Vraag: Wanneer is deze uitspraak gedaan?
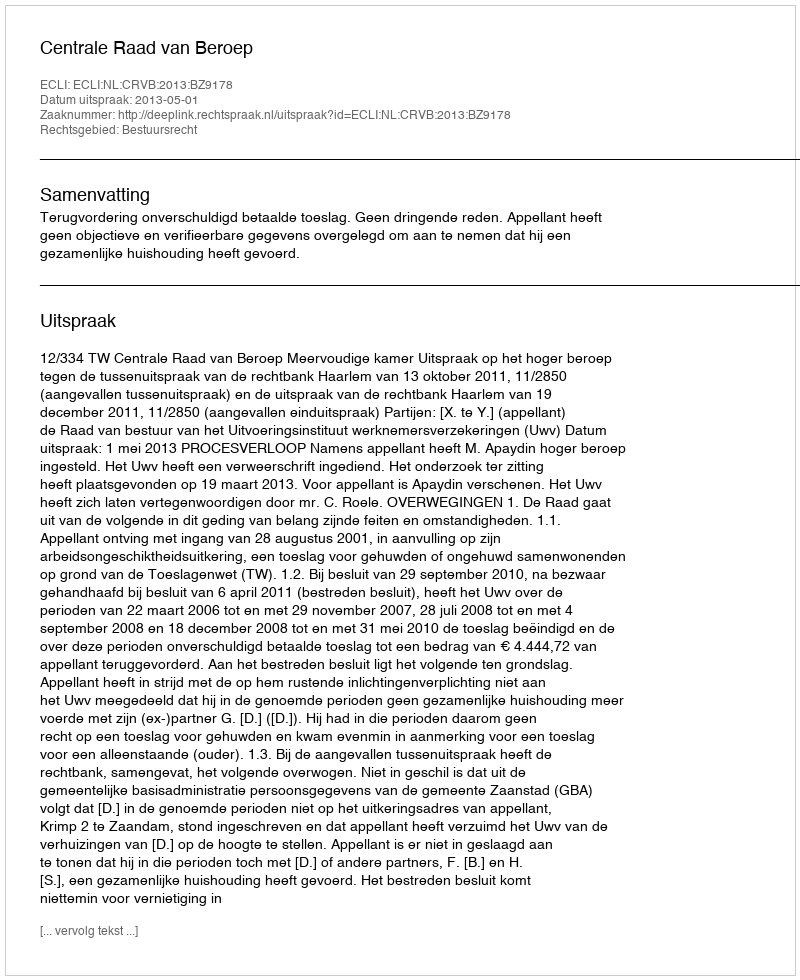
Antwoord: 2013-05-01